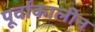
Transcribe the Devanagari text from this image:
पूर्वाकालीन